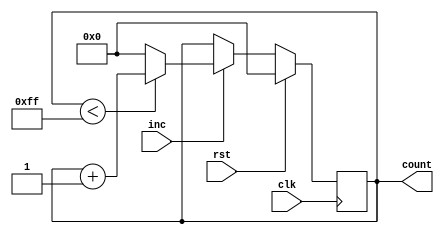
module IncrementalCounter #(
    parameter INITIAL_VALUE = 0,  // Initial value of the counter
    parameter MAX_VALUE = 255,     // Maximum count value (for an 8-bit counter)
    parameter WIDTH = 8            // Bit-width of the counter
)(
    input wire clk,                // Clock signal
    input wire rst,                // Reset signal (active-high)
    input wire inc,                // Increment trigger signal
    output reg [WIDTH-1:0] count   // Current count value
);

    // Synchronize operations on the rising edge of the clock
    always @(posedge clk) begin
        if (rst) begin
            // Reset the counter to the initial value
            count <= INITIAL_VALUE;
        end else if (inc) begin
            // Increment the counter
            if (count < MAX_VALUE) begin
                count <= count + 1;
            end else begin
                // Wrap around to zero if maximum value is reached
                count <= 0;
            end
        end
    end

endmodule